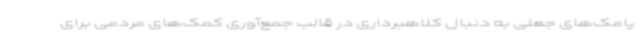
یامک‌های جعلی به دنبال کلاهبرداری در قالب جمع‌آوری کمک‌های مردمی برای